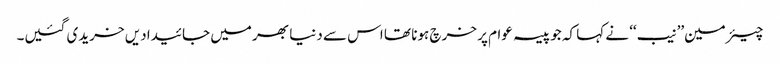
چیئرمین’’نیب‘‘ نے کہا کہ جو پیسہ عوام پر خرچ ہونا تھا اس سے دنیا بھر میں جائیدادیں خریدی گئیں۔